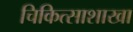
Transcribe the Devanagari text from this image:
चिकित्साशाखा